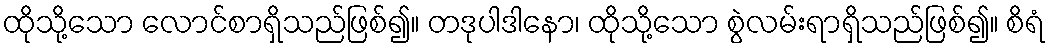
ထိုသို့သော လောင်စာရှိသည်ဖြစ်၍။ တဒုပါဒါနော၊ ထိုသို့သော စွဲလမ်းရာရှိသည်ဖြစ်၍။ စိရံ